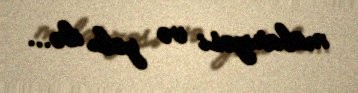
mübarizəsi və yolu ilə...